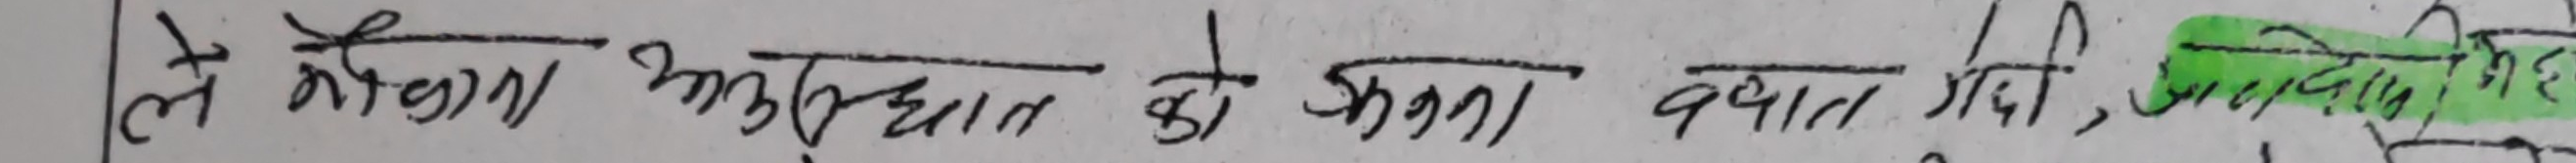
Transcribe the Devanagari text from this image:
ले मौवा उत्पादन को कुरा गर्दा जिदि,